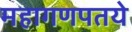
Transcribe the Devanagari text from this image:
महागणपतये